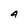
Character: 4